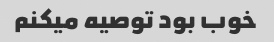
خوب بود توصیه میکنم